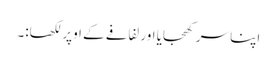
اپنا سر کھجایا اور لفافے کے اوپر لکھا:۔